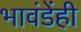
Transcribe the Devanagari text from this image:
भावंडेंही